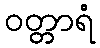
ဝတ္တာရံ